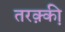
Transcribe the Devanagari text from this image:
तरक़्की़